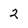
Character: 2